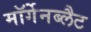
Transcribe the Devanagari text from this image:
मॉर्गेनब्लैट